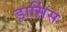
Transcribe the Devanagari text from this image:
डार्सिस